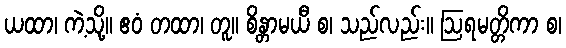
ယထာ၊ ကဲ့သို့။ ဧဝံ တထာ၊ တူ။ စိန္တာမယီ စ၊ သည်လည်း။ ဩရမတ္တိကာ စ၊